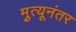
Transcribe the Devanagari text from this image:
मृुत्यूनंतर